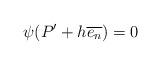
LaTeX: \begin{align*} \psi(P' + h \overline{e_n}) = 0 \end{align*}